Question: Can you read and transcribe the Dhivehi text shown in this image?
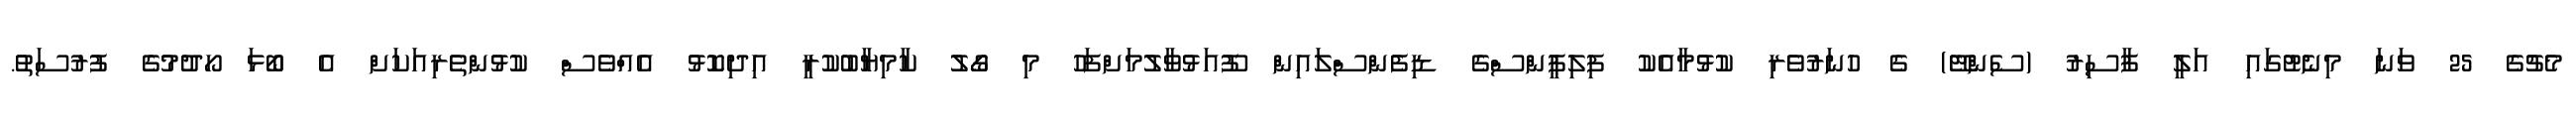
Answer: މެޗުގެ 25 ވަނަ މިނެޓުގައި އަލީ ފާސިރު (ސެންޓޭ) ގެ ހުނަރުވެރި ކުޅުމާއެކު ފިލިޕީންސްގެ ޑިފެންސްލައިން ފޫއަޅުވާލުމަށްފަހު މި ގޯލު ކާމިޔާބުކުރީ އިދިކޮޅު އެއްވެސް ކުޅުންތެރިއަކަށް އެ ބޯޅަ ހޯދުމުގެ ފުރުސަތު.